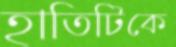
হাতিটিকে